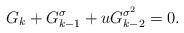
LaTeX: \begin{align*}G_k + G^{\sigma}_{k-1} + uG_{k-2}^{\sigma^2} = 0.\end{align*}